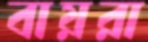
বায়রা